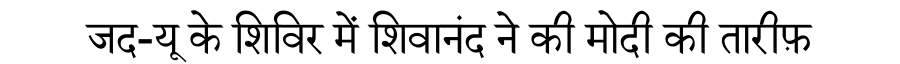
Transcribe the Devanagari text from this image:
जद-यू के शिविर में शिवानंद ने की मोदी की तारीफ़